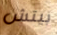
بيتش